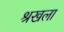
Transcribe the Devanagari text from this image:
श्रखला